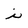
Character: i